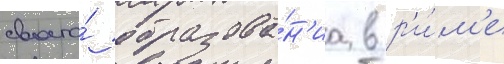
своего́ образова́н'иа в р'и́м'е